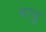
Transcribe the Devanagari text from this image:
मावू